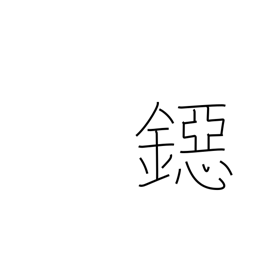
Meaning: coin of smallest value